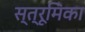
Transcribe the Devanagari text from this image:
स्त्रूमिका